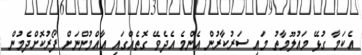
އެކަމާ ގުޅޭ މައުލޫމާތު މައި ސަރުކާރުން އެންމެ އެދެވޭ ގޮތެއްގައި އާއްމުންނަށް ފޯރުކޮށްދެމުން